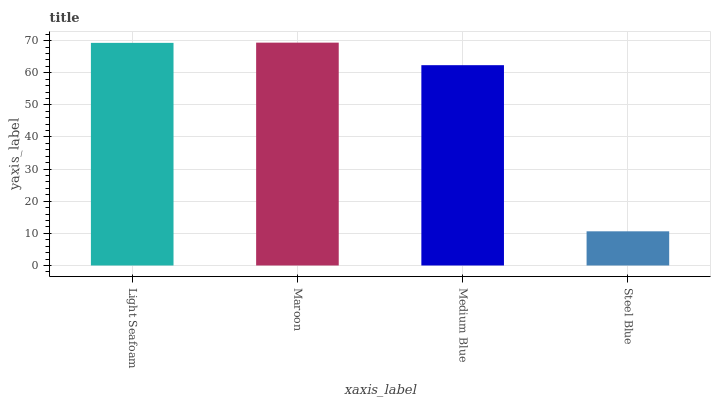
| xaxis_label | bars |
 | --- | --- |
 | Light Seafoam | 69.3 |
 | Maroon | 69.4 |
 | Medium Blue | 62.4 |
 | Steel Blue | 10.6 |